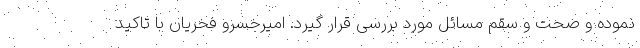
نموده و صحت و سقم مسائل مورد بررسی قرار گیرد. امیرخسرو فخریان با تاکید